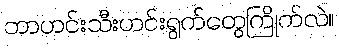
ဘာဟင်းသီးဟင်းရွက်တွေကြိုက်လဲ။